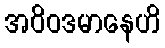
အဝိဝဒမာနေဟိ